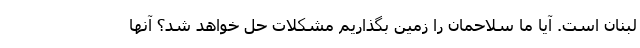
لبنان است. آیا ما سلاحمان را زمین بگذاریم مشکلات حل خواهد شد؟ آنها